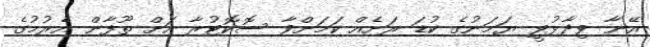
އޭނާ ވިދާޅުވީ ޔަމަނުގެ ކުޑަ ރަށެއް ކަމަށްވާ ސޮކޮޓުރާ އަށް ތޫފާން އެރުމުގެ